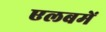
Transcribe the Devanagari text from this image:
एलबमें